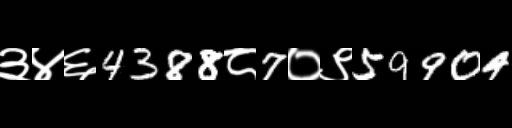
Text: ३४६4388८7०९59904